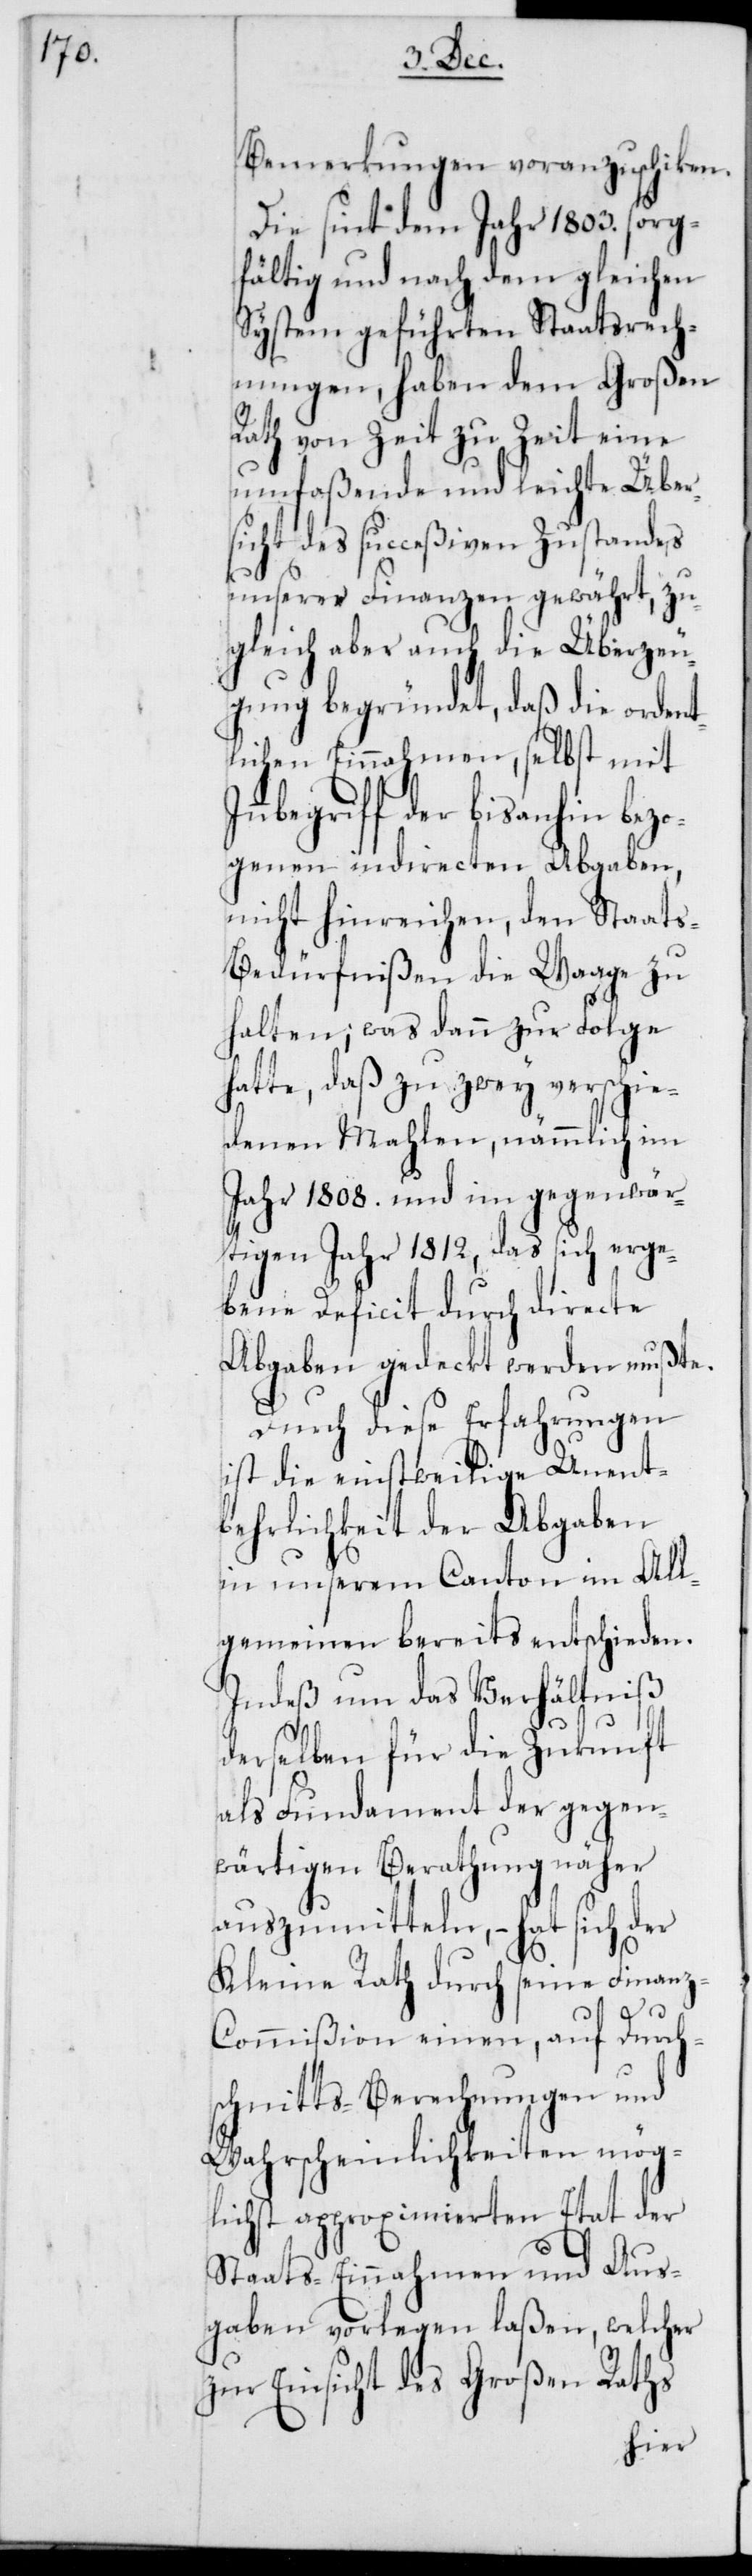
Bemerkungen voranzuschicken.
Die sint dem Jahr 1803. sorg¬
fältig und nach dem gleichen
System geführten Staatsrech¬
nungen, haben dem Großen
Rath von Zeit zu Zeit eine
umfaßende und leichte Über¬
sicht des succeßiven Zustandes
unserer Finanzen gewährt, zu¬
gleich aber auch die Überzeu¬
gung begründet, daß die ordent¬
lichen Einnahmen, selbst mit
Inbegriff der bis anhin bez¬
ogenen indirecten Abgaben,
nicht hinreichen, den Staat¬
s-Bedürfnißen die Waage zu
halten; was dann zur Folge
hatte, daß zu zwey verschie¬
denen Mahlen, nämmlich im
Jahr 1808. und im gegenwär¬
tigen Jahr 1812, das sich erge¬
bene Deficit durch directe
Abgaben gedeckt werden mußte.
Durch diese Erfahrungen
ist die einstweilige Unent¬
behrlichkeit der Abgaben
in unserem Canton im All¬
gemeinen bereits entschieden.
Indeß um das Verhältniß
derselben für die Zukunft
als Fundament der gegen¬
wärtigen Berathung näher
auszumitteln, – hat sich der
Kleine Rath durch seine Finan¬
z-Commißion einen, auf Durch¬
schnitts-Berechnungen und
Wahrscheinlichkeiten mög¬
lichst approximierten Etat der
Staats-Einnahmen und [-]Aus¬
gaben vorlegen laßen, welcher
zur Einsicht des Großen Raths